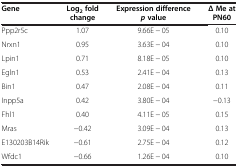
| Gene | Log2 fold change | Expression difference p value | Δ Me at PN60 |
 | --- | --- | --- | --- |
 | Ppp2r5c | 1.07 | 9.66E − 05 | 0.10 |
 | Nrxn1 | 0.95 | 3.63E − 04 | 0.10 |
 | Lpin1 | 0.71 | 8.18E − 05 | 0.10 |
 | Egln1 | 0.53 | 2.41E − 04 | 0.13 |
 | Bin1 | 0.47 | 2.08E − 04 | 0.11 |
 | Inpp5a | 0.42 | 3.80E − 04 | −0.13 |
 | Fhl1 | 0.40 | 4.11E − 05 | 0.15 |
 | Mras | −0.42 | 3.09E − 04 | 0.13 |
 | E130203B14Rik | −0.61 | 2.75E − 04 | 0.12 |
 | Wfdc1 | −0.66 | 1.26E − 04 | 0.10 |